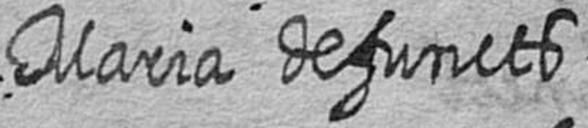
Maria defuncts